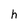
Character: h